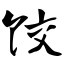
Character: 饺